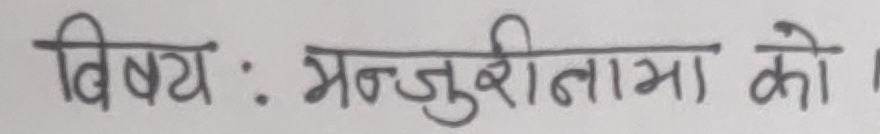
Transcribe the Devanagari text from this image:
विषय : मन्जुशीनामा को